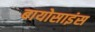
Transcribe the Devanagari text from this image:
बायोसाइंस